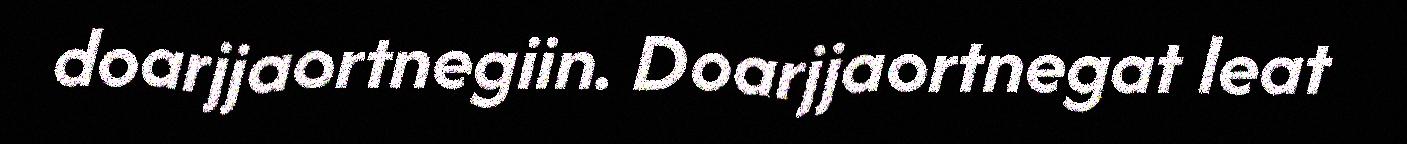
doarjjaortnegiin. Doarjjaortnegat leat